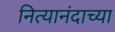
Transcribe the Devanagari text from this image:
नित्यानंदाच्या